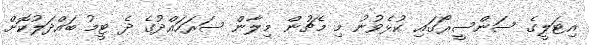
އިޓަލީގެ ސަންސީރޯގައި ކުޅެވުނު މި މެޗުން މިލާން ސަރަަހައްދުގެ ދެ ޓީމު ބައްދަލުކޮށް